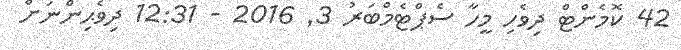
42 ކޮމެންޓް ދިވެހި މީހާ ސެޕްޓެމްބަރު 3